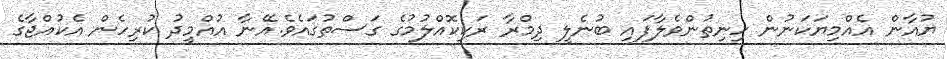
ޔުއާން އެއްމިޔަކަނުން ހިނިތުންވެލާފައި ބުނެލީ ދިމްރާ ރަކިކޮއްލުމުގެ ގަސްތުގައެވެ.އޭނާ އުއްމީދު ކުރިހެން އެކުއްޖާގެ